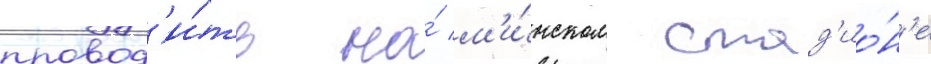
провод'и́ть на́ м'и́нском стад'ио́н'е